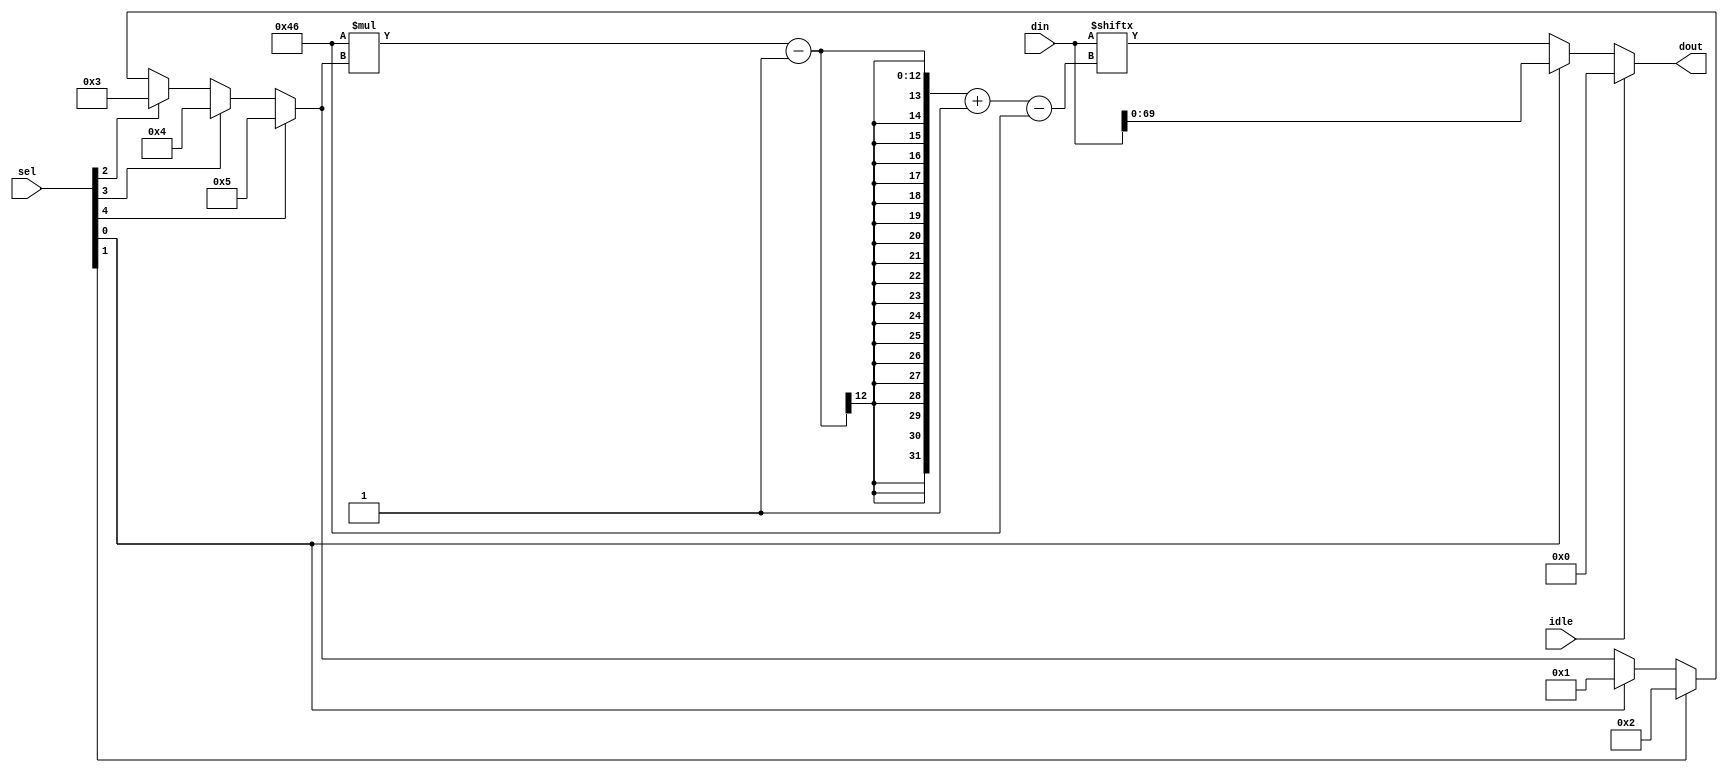
`timescale 1ns / 1ps
//////////////////////////////////////////////////////////////////////////////////
// Company: 
// Engineer: 
// 
// Design Name: 
// Module Name: output_data_switch
// Project Name: 
// Target Devices: 
// Tool Versions: 
// Description: 
// 
// Dependencies: 
// 
// Revision:
// Revision 0.01 - File Created
// Additional Comments:
// 
//////////////////////////////////////////////////////////////////////////////////


module output_data_switch#(
      parameter DATA_WIDTH=70,
      parameter NUMBER_CHANNELS=5            //Number of channels in the switch
  )(
    idle,
    sel,
    din ,
    dout
    );
    
     input  idle;
     input  [NUMBER_CHANNELS-1:0] sel;
     input  [(NUMBER_CHANNELS*DATA_WIDTH)-1:0]din;
     output [DATA_WIDTH-1:0] dout;
      
   
   reg [NUMBER_CHANNELS-1:0]channel_req;
   reg [NUMBER_CHANNELS-1:0] i;
   
    always@(sel) 
    for (i=0;i<NUMBER_CHANNELS;i=i+1) begin
       channel_req= (sel[i]==1)? i+1:channel_req;
     end
       
    assign dout=(idle==1)? 0 :
                (sel[0]==1)? din[(DATA_WIDTH-1)-:DATA_WIDTH] :din[(DATA_WIDTH*channel_req)-1-:DATA_WIDTH];

endmodule